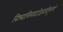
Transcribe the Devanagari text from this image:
विश्वामित्रघटोद्भवादिमुनयो